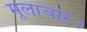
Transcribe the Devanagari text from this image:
मूलाचार।